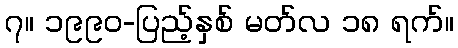
၇။ ၁၉၉၀-ပြည့်နှစ် မတ်လ ၁၈ ရက်။